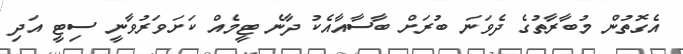
އެގޮތުން މުބާރާތުގެ ދެވަނަ ބުރަށް ބާސާއާއެކު ދާނެ ޓީމެއް ކަށަވަރުވާނީ ސިޓީ އަދި